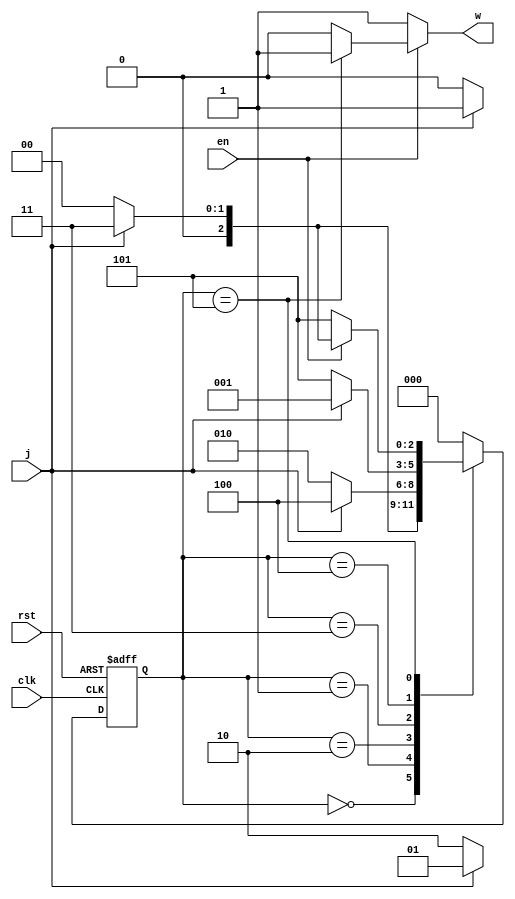
`timescale 1ns/1ns
module MOORE10110 (input clk,rst,j,en,output w);
	reg [2:0] ns,ps;
	parameter [2:0] A=3'b000,B=3'b001,C=3'b010,D=3'b011,E=3'b100,F=3'b101;
	always@(ps,j) begin
		ns=3'b000;
		case(ps)
			A: ns= j ? B : A;
			B: ns= j ? B : C;
			C: ns= j ? D : A;
			D: ns= j ? E : C;
			E: ns= j ? B : F;
			F: ns= en ? (j ? D : A) : F;
			default: ns=A;
		endcase
	end
	assign w= ~en ? 1'b1 : (ps==F) ? 1'b1 : 1'b0;
	always@(posedge clk,posedge rst)begin
		if(rst)
			ps<=A;
		else
			ps<=ns;
	end
endmodule